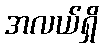
အလယ်ရှိ